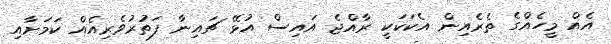
އެއް މީހެއްގެ ތެރެއިން އެކަކަކީ ރާއްޖެ އައިސް އުޅޭ ޗައިނާ ފަތުރުވެރިއެއް ކަމަށާއި